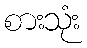
စားသုံး